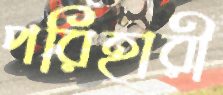
পরিহারী